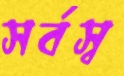
সর্বস্ব